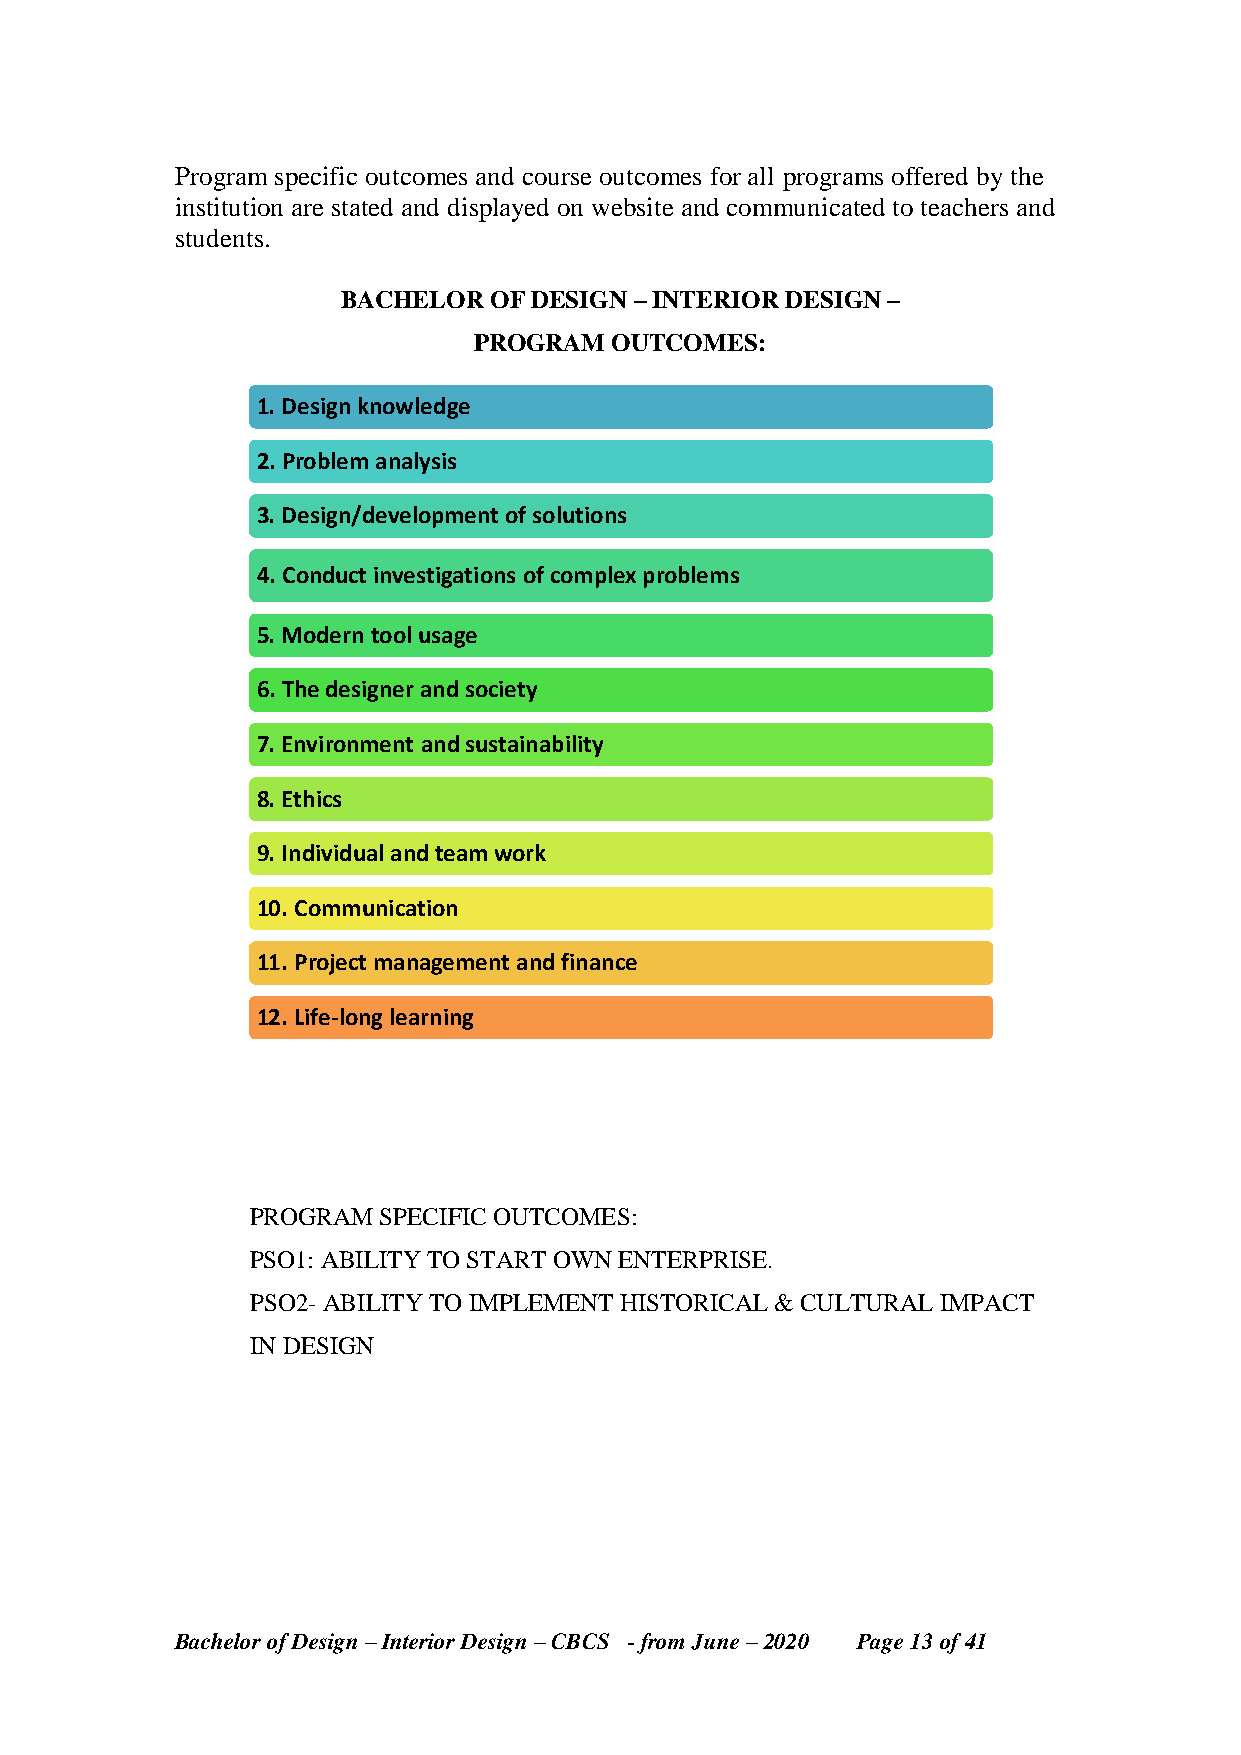
Program specific outcomes and course outcomes for all programs offered by the
 institution are stated and displayed on website and communicated to teachers and
 students.
 BACHELOR OF DESIGN – INTERIOR DESIGN –
 PROGRAM   OUTCOMES:
 1. Design knowledge
 2. Problem analysis
 3. Design/development of solutions
 4. Conduct investigations of complex problems
 5. Modern tool usage
 6. The designer and society
 7. Environment and sustainability
 8. Ethics
 9. Individual and team work
 10. Communication
 11. Project management and finance
 12. Life-long learning
 PROGRAM SPECIFIC OUTCOMES:
 PSO1: ABILITY TO START OWN ENTERPRISE.
 PSO2- ABILITY TO IMPLEMENT HISTORICAL & CULTURAL IMPACT
 IN DESIGN
 Bachelor of Design – Interior Design – CBCS - from June – 2020 Page 13 of 41